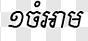
១ចំអាម